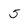
Character: 5